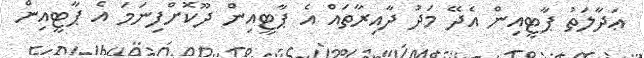
ޢަދާލަތު ޕާޓީއިން އެދޭ މަދު ދާއިރާތައް އެ ޕާޓީއިން ދޫކޮށްފިނަމަ އެ ޕާޓީއިން